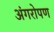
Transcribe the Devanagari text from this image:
अंगरोपण